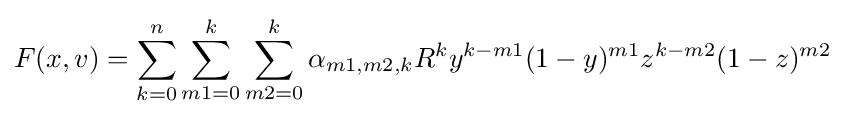
F(x,v)=\sum _{k=0}^{n}\sum _{m1=0}^{k}\sum _{m2=0}^{k}\alpha _{m1,m2,k}R^{k}y^{k-m1}(1-y)^{m1}z^{k-m2}(1-z)^{m2}